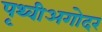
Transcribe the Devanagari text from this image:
पृथ्वीअगोदर